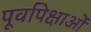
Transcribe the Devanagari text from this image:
पूर्वापेक्षाओं